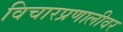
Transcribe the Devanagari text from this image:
विचारप्रणालीवर